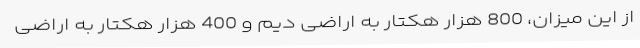
از این میزان، 800 هزار هکتار به اراضی دیم و 400 هزار هکتار به اراضی